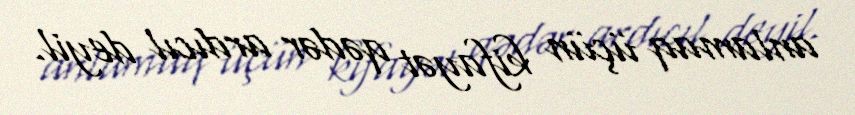
anlamaq üçün kifayət qədər ardıcıl deyil.